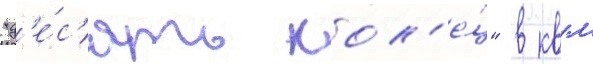
"д'е́с'ять кол'е́ц" в квм